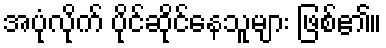
အပုံလိုက် ပိုင်ဆိုင်နေသူများ ဖြစ်၏။